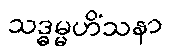
သဒ္ဓမ္မဟိံသနာ